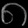
Digit: ၈